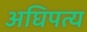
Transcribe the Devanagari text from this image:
अघिपत्य